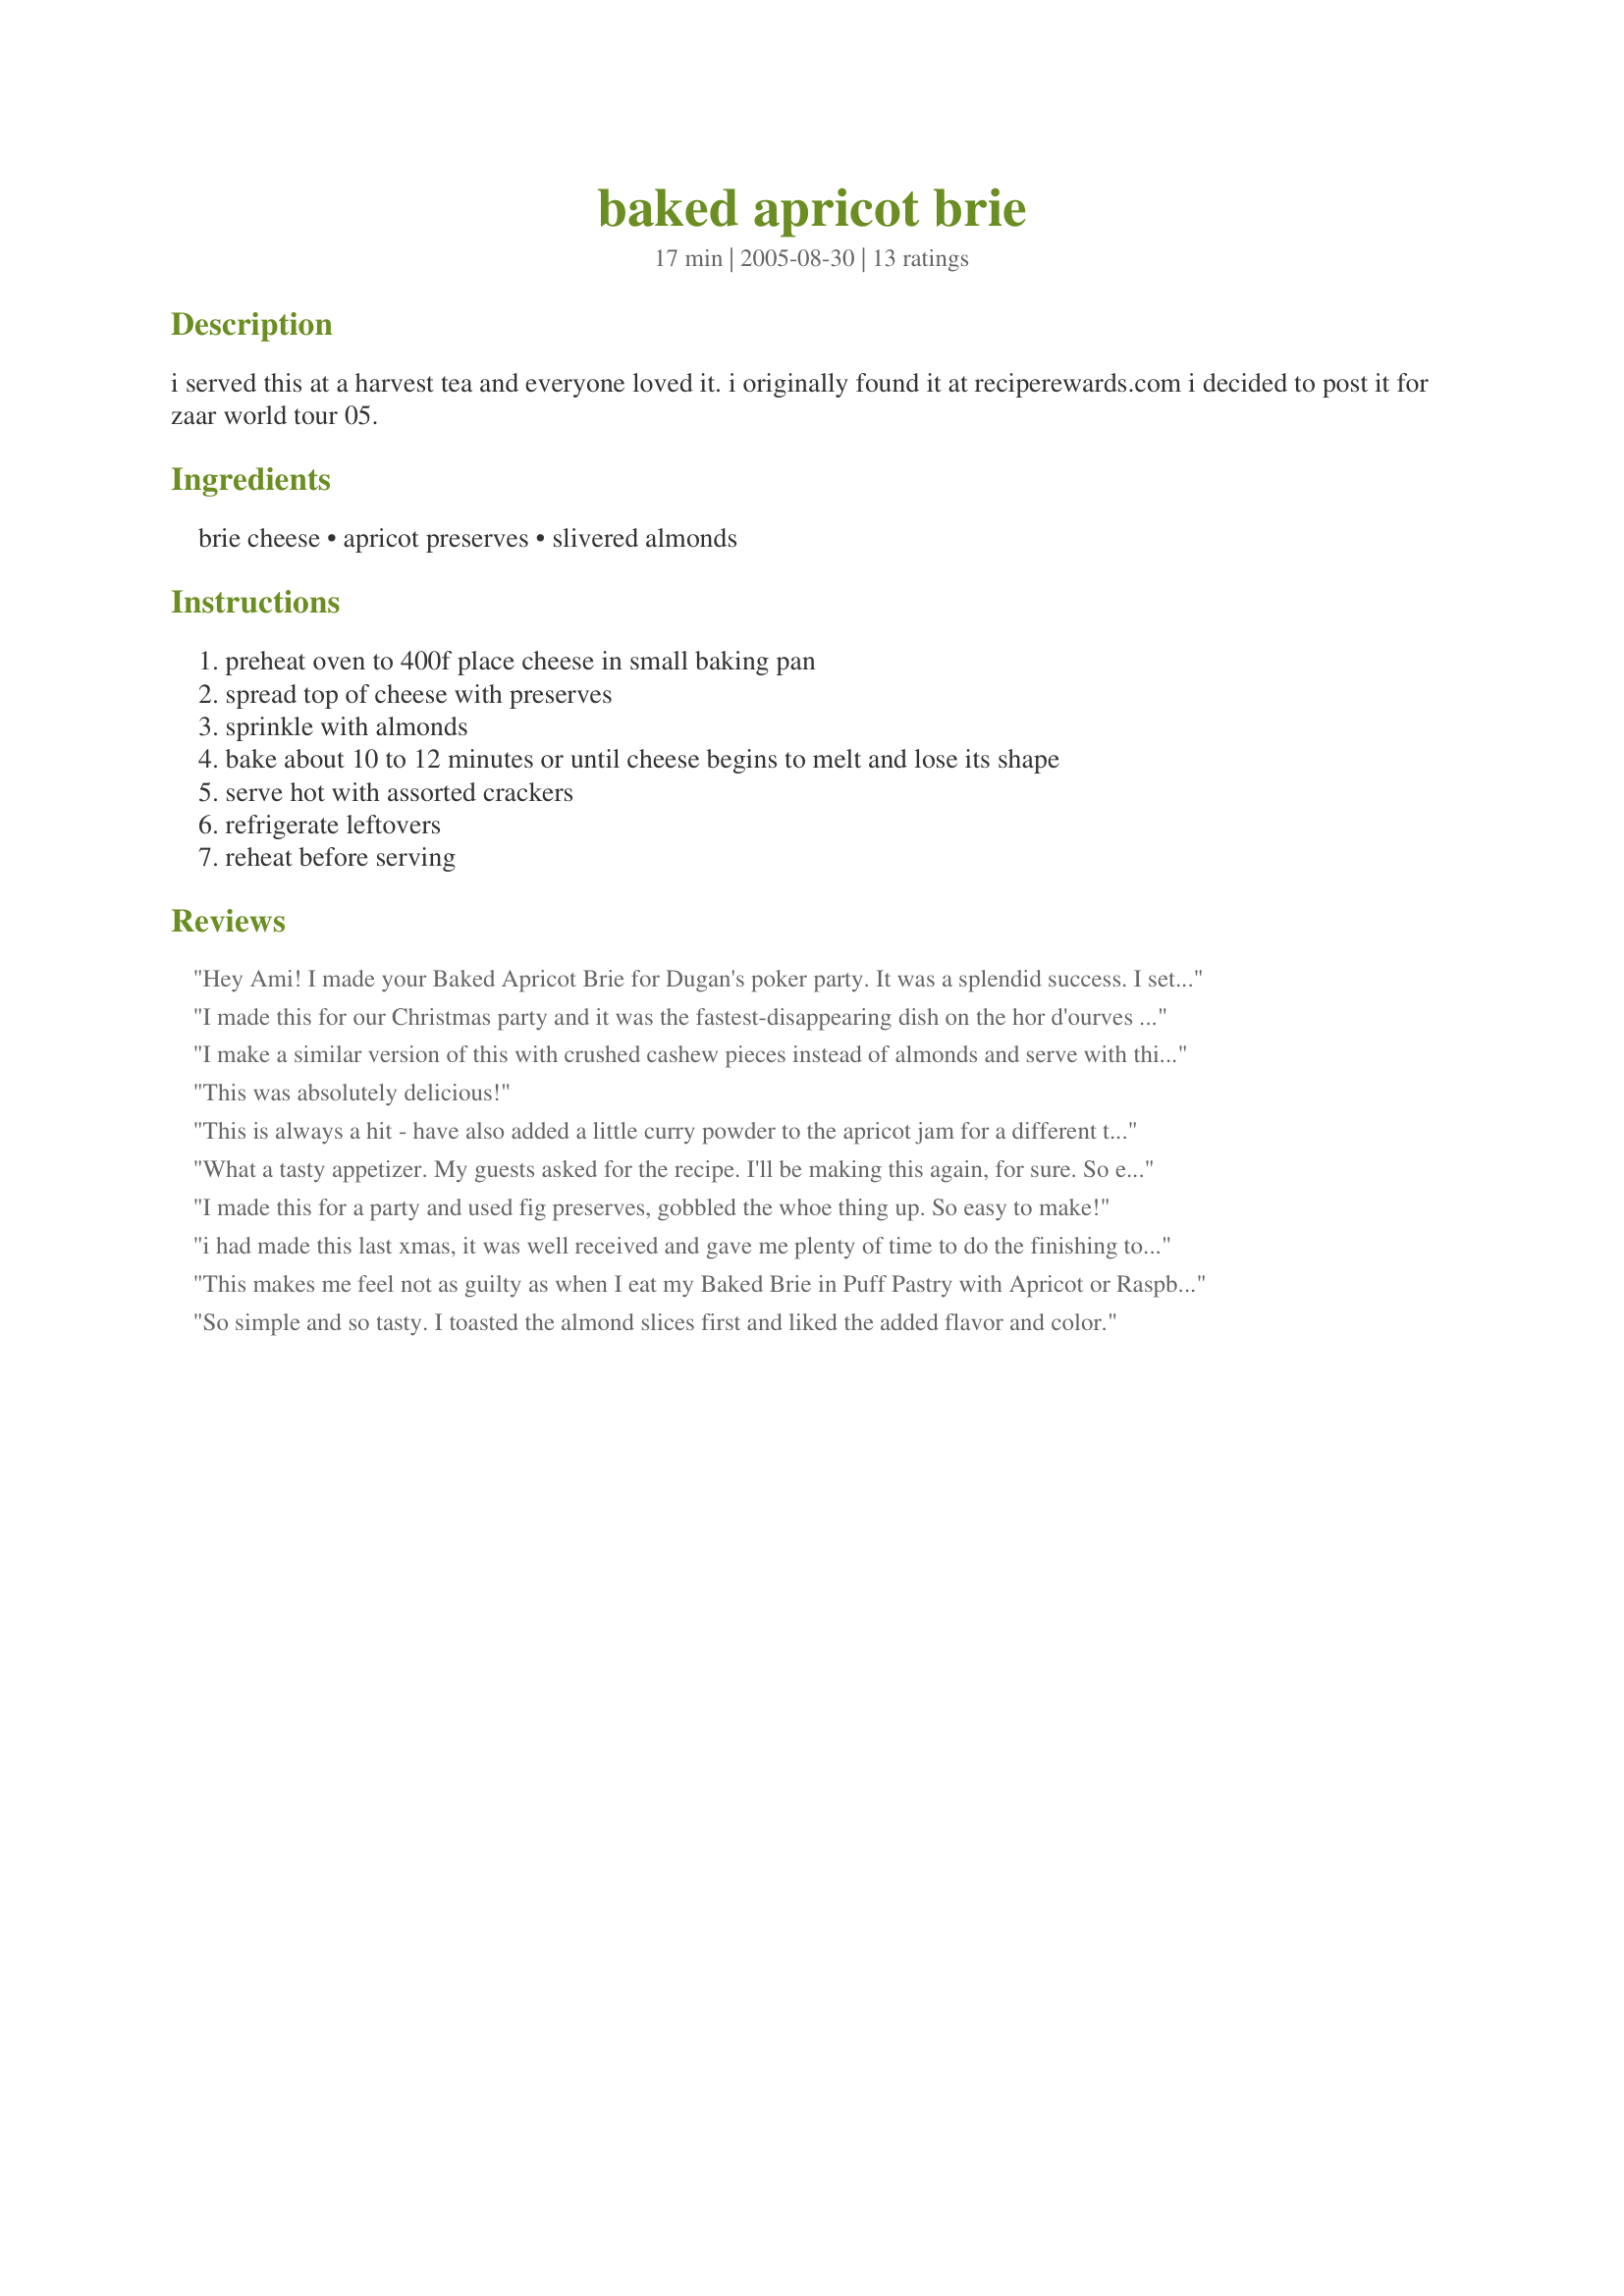
baked apricot brie
Preparation time: 17 minutes

i served this at a harvest tea and everyone loved it. i originally found it at reciperewards.com i decided to post it for zaar world tour 05.

Ingredients:
brie cheese, apricot preserves, slivered almonds

Steps:
preheat oven to 400f place cheese in small baking pan, spread top of cheese with preserves, sprinkle with almonds, bake about 10 to 12 minutes or until cheese begins to melt and lose its shape, serve hot with assorted crackers, refrigerate leftovers, reheat before serving

Reviews:
Hey Ami! I made your Baked Apricot Brie for Dugan's poker party. It was a splendid success. I set up all kinds of munchies on the buffet table but this dish was taken off and set right in the middle of the poker table. I doubt it lasted 20 minutes 

By the time I knew what had happened I think I got about 5 crackers... 

Who would have thunk that a greasy car mechanic, a bail bondsman, a feed store owner, a horse trainer, a security guard from Wal Mart, and a ne'er do well on probation for stalking his ex-girlfriend would have such refined tastes? We just must get a better class of friends...sigh. And yes, the bail bondsman did get the ne'er do well out of jail. It pays to have friends, I suppose.
I made this for our Christmas party and it was the fastest-disappearing dish on the hor d'ourves table. I left off the nuts since DH can't eat them. Everyone loved it, and I loved that it was so easy.
I make a similar version of this with crushed cashew pieces instead of almonds and serve with thin sliced baguette, I get so many compliments each time. Its amazing!
This was absolutely delicious!
This is always a hit - have also added a little curry powder to the apricot jam for a different twist and that too goes over well.
What a tasty appetizer. My guests asked for the recipe. I'll be making this again, for sure. So easy to prepare.
I made this for a party and used fig preserves, gobbled the whoe thing up. So easy to make!
i had made this last xmas, it was well received and gave me plenty of time to do the finishing touches on more demanding dishes. I'm planning on making it for a picnic tomorrow.
This makes me feel not as guilty as when I eat my Baked Brie in Puff Pastry with Apricot or Raspberry Preserves #48907. It`s lower in fat! It`s delish, creamy, fruity,nutty and so good!

So simple and so tasty. I toasted the almond slices first and liked the added flavor and color.
My MIL made this last Christmas Eve, so when it came up to what to make this year I knew this had to be on the menu. I did not use the exact measurements - not in my nature - but this is such and easy no fail recipe you just can't go wrong! I used a 5 1/2 round of brie cheese...probably still around a 1/3 of a cup of appricat preserves and a handful of slivered almonds. You have to try this recipe for something easy and elegant! Thanks
Absolutely sinfully easy and soooo delicious - what a wonderful combination of flavors. I served this with sliced, toasted baguttes (from a french bread loaf) and slices of tart apple...yum!
I made this for a party I had last night, but substituted a Hot Mango Chutney for the preserves. Oh my goodness!!! I have a feeling I'll be asked to make this one over and over again. And the fact that it takes 2 seconds to prepare is a definite plus. Served it with assorted breads and crackers. What a hit.
